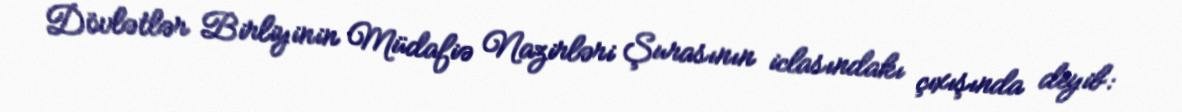
Dövlətlər Birliyinin Müdafiə Nazirləri Şurasının iclasındakı çıxışında deyib: